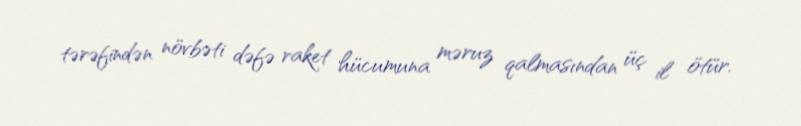
tərəfindən növbəti dəfə raket hücumuna məruz qalmasından üç il ötür.